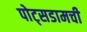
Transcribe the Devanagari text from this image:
पोट्सडामची